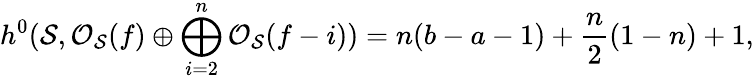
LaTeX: h^{0}({\cal S},{\cal O}_{\cal S}(f)\oplus\bigoplus_{i=2}^{n}{\cal O}_{\cal S}(f-i))=n(b-a-1)+\frac{n}{2}(1-n)+1,